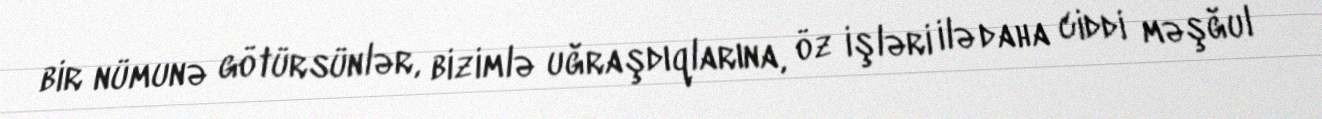
bir nümunə götürsünlər, bizimlə uğraşdıqlarına, öz işləri ilə daha ciddi məşğul